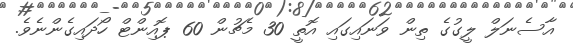
އާސެނަލް ލީގުގެ ތިން ވަަނައިގައި އޮތީ 30 މެޗުން 60 ޕޮއިންޓް ހޯދައިގެންނެވެ.